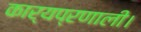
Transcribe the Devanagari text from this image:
कार्यप्रणाली।